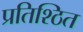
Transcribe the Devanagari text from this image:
प्रतिश्ठित